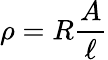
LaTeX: \rho=R{\frac{A}{\ell}}